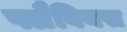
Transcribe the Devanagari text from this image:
फ्लैवियस